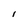
Character: I